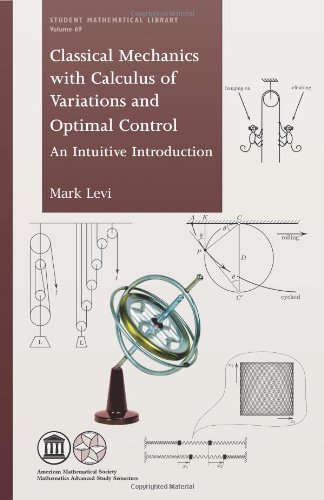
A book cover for Classical Mechanics With Calculus of Variations and Optimal Control: An Intuitive Introduction (Student Mathematical Library); Mark Levi; Science & Math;